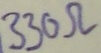
Text: 330Ω